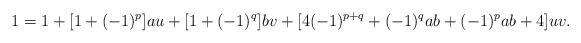
LaTeX: \begin{align*}1 &= 1 + [1 + (-1)^p]au + [1+(-1)^q]bv + [4(-1)^{p+q} + (-1)^qab + (-1)^pab + 4]uv. \end{align*}